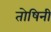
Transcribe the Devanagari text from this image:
तोषिनी